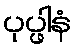
ပုပ္ဖါနံ